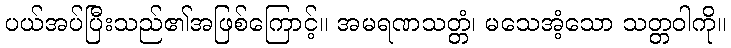
ပယ်အပ်ပြီးသည်၏အဖြစ်ကြောင့်။ အမရဏသတ္တံ၊ မသေအံ့သော သတ္တဝါကို။